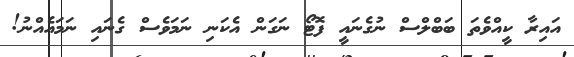
އައިރާ ކީއްވެތަ ބަބްލްސް ނުގެނައީ ފޮޓޯ ނަގަން އެކަނި ނަމަވެސް ގެނައި ނަމައެއްނު!